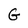
Character: G